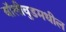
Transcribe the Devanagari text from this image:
बॉलीवुडमधील